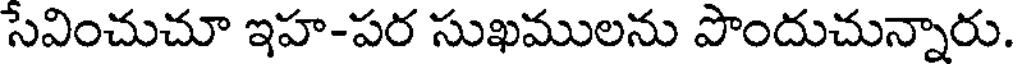
సేవించుచూ ఇహ-పర సుఖములను పొందుచున్నారు.